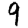
Digit: 9